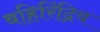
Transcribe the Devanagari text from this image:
बहिरिंद्रिय